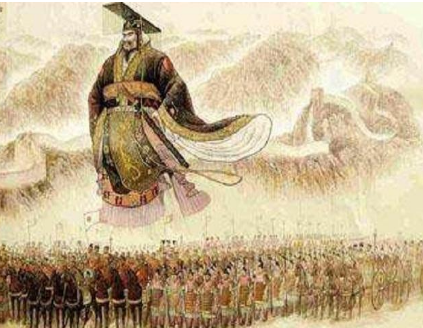
长使英雄泪满襟，天意高难问。